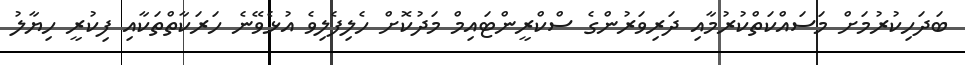
ބަދަހިކުރުމަށް މަސައްކަތްކުރުމާއި ދަރިވަރުންގެ ސްކްރީންޓައިމް މަދުކޮށް ހެލިފެލިވެ އުޅެވޭނެ ހަރަކާތްތަކާއި ފިކުރީ ހިޔާލު